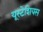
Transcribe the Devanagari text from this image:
यूस्टेशियस